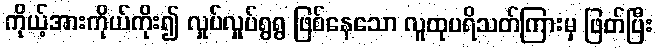
ကိုယ့်အားကိုယ်ကိုး၍ လှုပ်လှုပ်ရွရွ ဖြစ်နေသော လူထုပရိသတ်ကြားမှ ဖြတ်ပြီး